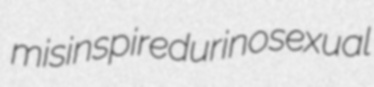
misinspired urinosexual